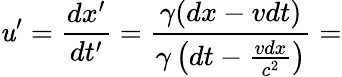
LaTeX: \mathit{u}^{\prime}={\frac{{dx^{\prime}}}{{dt^{\prime}}}}={\frac{{\gamma(dx-vdt)}}{{\gamma\left(dt-{\frac{{vdx}}{{c^{2}}}}\right)}}}=